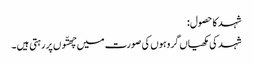
شہد کا حصول:
شہد کی مکھیاں گروہوں کی صورت میں چھتّوں پر رہتی ہیں ۔